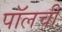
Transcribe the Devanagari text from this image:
पॉलची